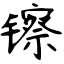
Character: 镲